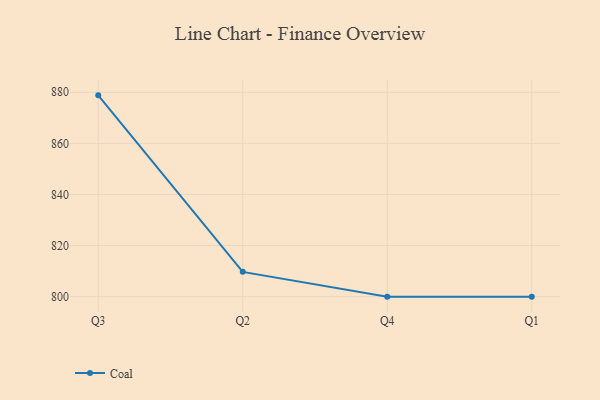
{"axis": {"x": "Quarter", "y": "Backlog"}, "legend": ["Coal"], "data": [{"x": "Q3", "y": 878.8, "type": "Coal"}, {"x": "Q2", "y": 809.7, "type": "Coal"}, {"x": "Q4", "y": 800, "type": "Coal"}, {"x": "Q1", "y": 800, "type": "Coal"}]}